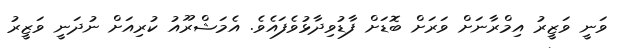
ވަނީ ވަޒީރު އިމްރާނަށް ވަރަށް ބޮޑަށް ފާޑުވިދާޅުވެފައެވެ. އެމަޝްރޫއު ކުރިއަށް ނުދަނީ ވަޒީރު